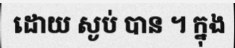
ដោយ ស្ងប់ បាន ។ ក្នុង